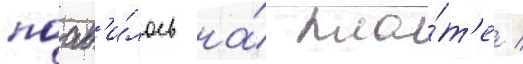
поав'и́лось на́ пла́т'е /